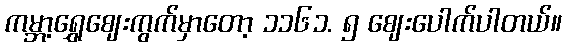
ကမ္ဘာ့ရွှေဈေးကွက်မှာတော့ ၁၁၆၁. ၅ ဈေးပေါက်ပါတယ်။